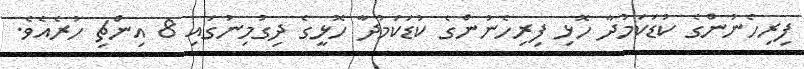
ފިރިހެނުންގެ ކުޑަކަމުދާ ހޮޅި ފިރިހެނުންގެ ކުޑަކަމުދާ ހޮޅީގެ ދިގުމިނުގައި 8 އިންޗި ހުރެއެވެ.